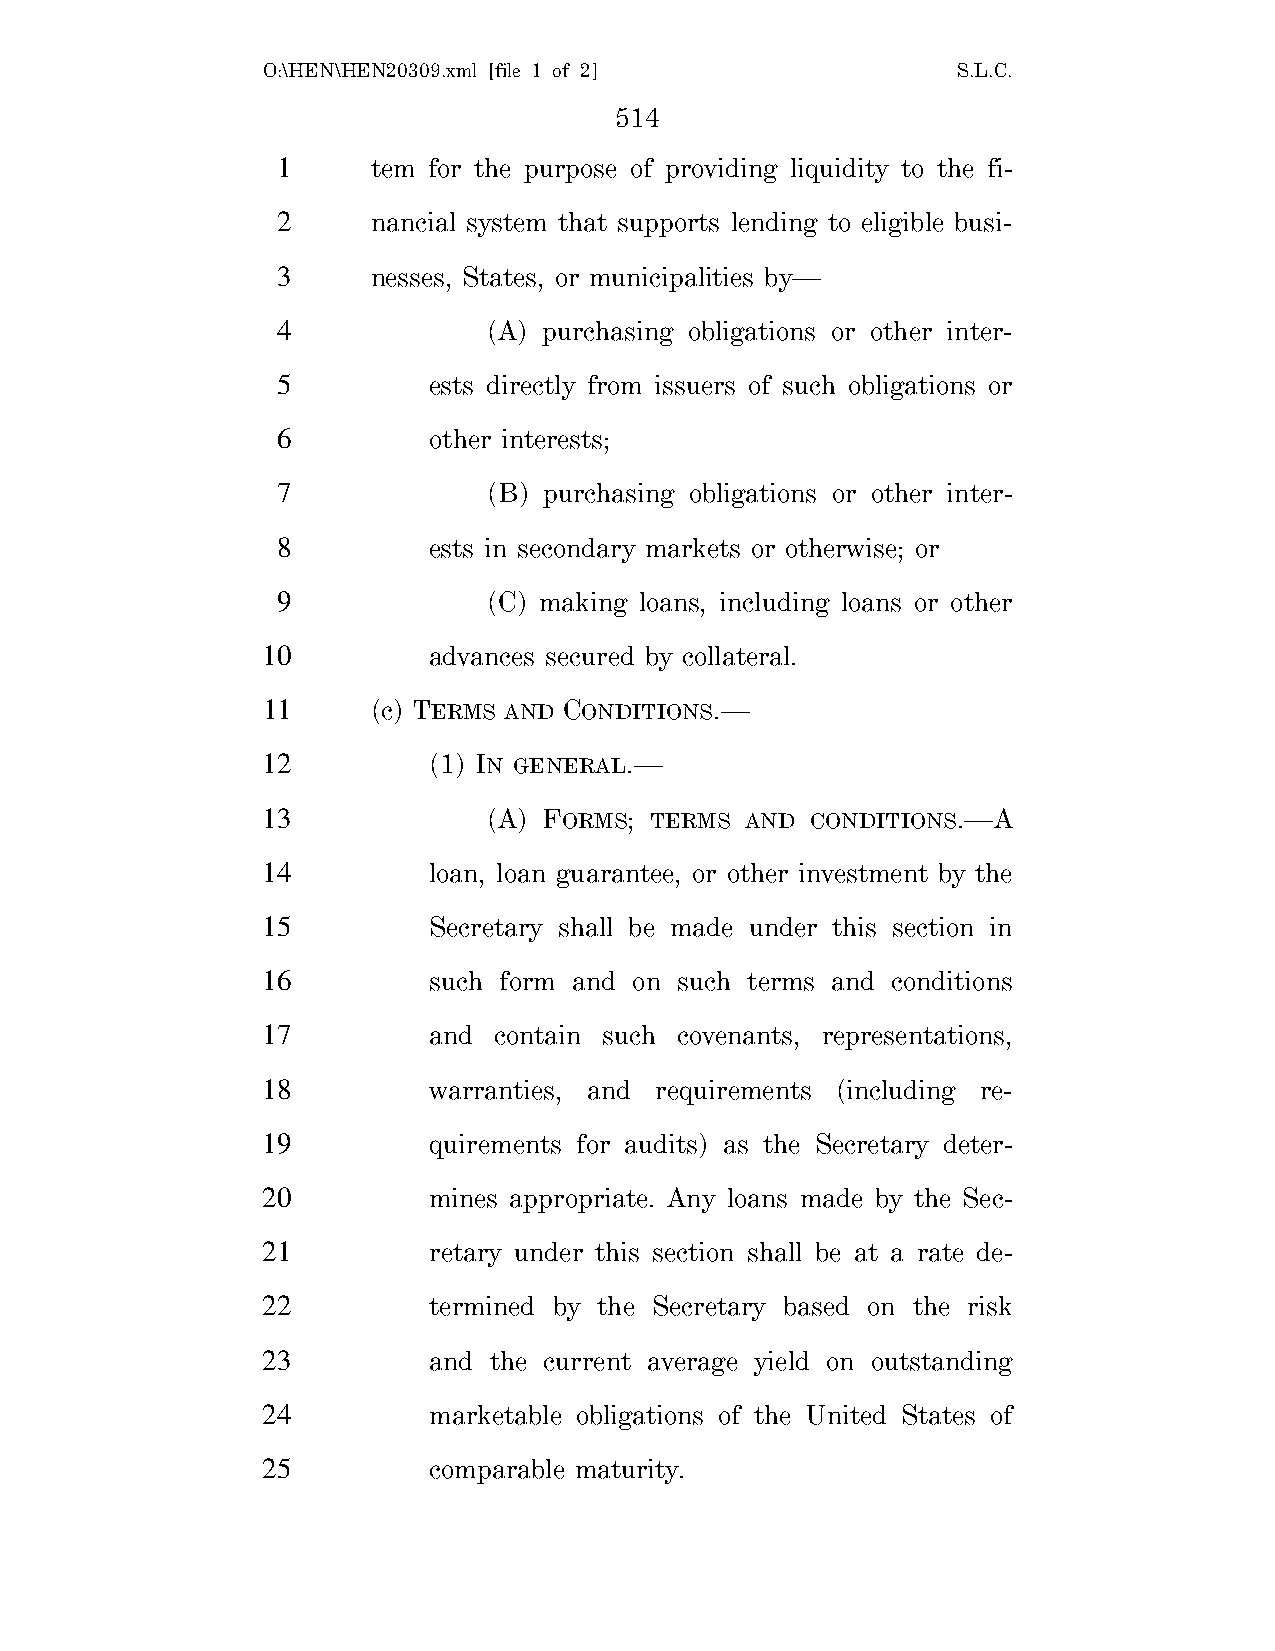
O:\HEN\HEN20309.xml [file 1 of 2]             S.L.C.
 514
 1      tem for the purpose of providing liquidity to the fi-
 2      nancial system that supports lending to eligible busi-
 3      nesses, States, or municipalities by—
 4             (A) purchasing obligations or other inter-
 5         ests directly from issuers of such obligations or
 6         other interests;
 7             (B) purchasing obligations or other inter-
 8         ests in secondary markets or otherwise; or
 9             (C) making loans, including loans or other
 10         advances secured by collateral.
 11      (c) TERMS AND CONDITIONS.—
 12         (1) IN GENERAL.—
 13             (A) FORMS; TERMS AND  CONDITIONS.—A
 14         loan, loan guarantee, or other investment by the
 15         Secretary shall be made under this section in
 16         such form and on such terms and conditions
 17         and  contain such covenants, representations,
 18         warranties, and requirements (including re-
 19         quirements for audits) as the Secretary deter-
 20         mines appropriate. Any loans made by the Sec-
 21         retary under this section shall be at a rate de-
 22         termined by the Secretary based on the risk
 23         and the current average yield on outstanding
 24         marketable obligations of the United States of
 25         comparable maturity.